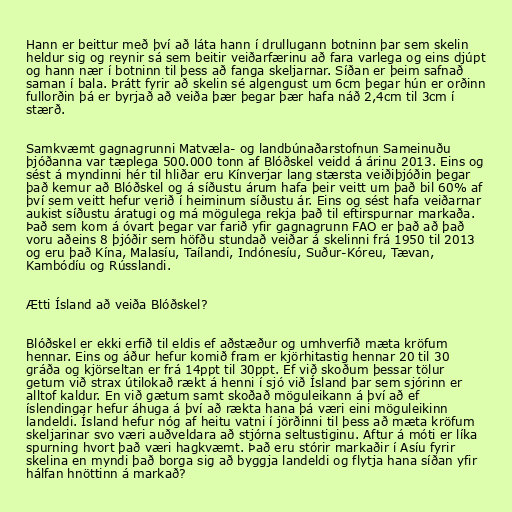
Hann er beittur með því að láta hann í drullugann botninn þar sem skelin
heldur sig og reynir sá sem beitir veiðarfærinu að fara varlega og eins djúpt
og hann nær í botninn til þess að fanga skeljarnar. Síðan er þeim safnað
saman í bala. Þrátt fyrir að skelin sé algengust um 6cm þegar hún er orðinn
fullorðin þá er byrjað að veiða þær þegar þær hafa náð 2,4cm til 3cm í
stærð.

Samkvæmt gagnagrunni Matvæla- og landbúnaðarstofnun Sameinuðu
þjóðanna var tæplega 500.000 tonn af Blóðskel veidd á árinu 2013. Eins og
sést á myndinni hér til hliðar eru Kínverjar lang stærsta veiðiþjóðin þegar
það kemur að Blóðskel og á síðustu árum hafa þeir veitt um það bil 60% af
því sem veitt hefur verið í heiminum síðustu ár. Eins og sést hafa veiðarnar
aukist síðustu áratugi og má mögulega rekja það til eftirspurnar markaða.
Það sem kom á óvart þegar var farið yfir gagnagrunn FAO er það að það
voru aðeins 8 þjóðir sem höfðu stundað veiðar á skelinni frá 1950 til 2013
og eru það Kína, Malasíu, Taílandi, Indónesíu, Suður-Kóreu, Tævan,
Kambódíu og Rússlandi.

Ætti Ísland að veiða Blóðskel?

Blóðskel er ekki erfið til eldis ef aðstæður og umhverfið mæta kröfum
hennar. Eins og áður hefur komið fram er kjörhitastig hennar 20 til 30
gráða og kjörseltan er frá 14ppt til 30ppt. Ef við skoðum þessar tölur
getum við strax útilokað rækt á henni í sjó við Ísland þar sem sjórinn er
alltof kaldur. En við gætum samt skoðað möguleikann á því að ef
íslendingar hefur áhuga á því að rækta hana þá væri eini möguleikinn
landeldi. Ísland hefur nóg af heitu vatni í jörðinni til þess að mæta kröfum
skeljarinar svo væri auðveldara að stjórna seltustiginu. Aftur á móti er líka
spurning hvort það væri hagkvæmt. Það eru stórir markaðir í Asíu fyrir
skelina en myndi það borga sig að byggja landeldi og flytja hana síðan yfir
hálfan hnöttinn á markað?